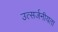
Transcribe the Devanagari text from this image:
उत्सर्जनीयता